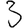
Digit: 3